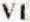
V